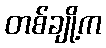
တစ်ချို့က